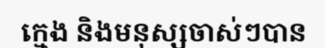
ក្មេង និងមនុស្សចាស់ៗបាន